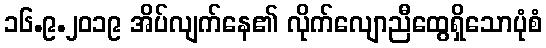
၁၆.၉.၂၀၁၉ အိပ်လျက်နေ၏ လိုက်လျောညီထွေရှိသောပုံစံ